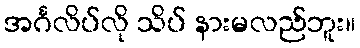
အင်္ဂလိပ်လို သိပ် နားမလည်ဘူး။